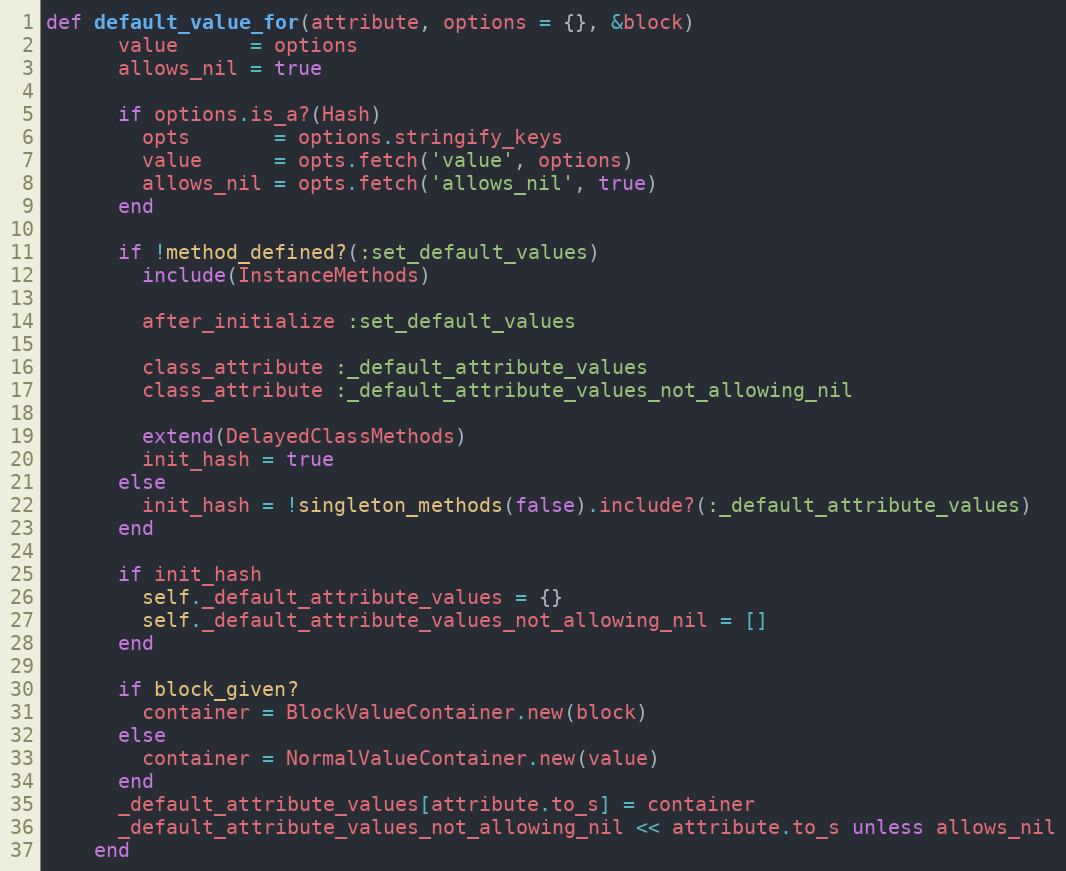
Language: Ruby
def default_value_for(attribute, options = {}, &block)
      value      = options
      allows_nil = true

      if options.is_a?(Hash)
        opts       = options.stringify_keys
        value      = opts.fetch('value', options)
        allows_nil = opts.fetch('allows_nil', true)
      end

      if !method_defined?(:set_default_values)
        include(InstanceMethods)

        after_initialize :set_default_values

        class_attribute :_default_attribute_values
        class_attribute :_default_attribute_values_not_allowing_nil

        extend(DelayedClassMethods)
        init_hash = true
      else
        init_hash = !singleton_methods(false).include?(:_default_attribute_values)
      end

      if init_hash
        self._default_attribute_values = {}
        self._default_attribute_values_not_allowing_nil = []
      end

      if block_given?
        container = BlockValueContainer.new(block)
      else
        container = NormalValueContainer.new(value)
      end
      _default_attribute_values[attribute.to_s] = container
      _default_attribute_values_not_allowing_nil << attribute.to_s unless allows_nil
    end